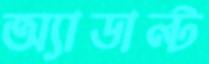
অ্যাডাল্ট